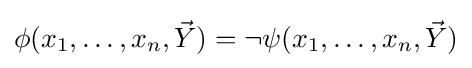
\phi (x_{1},\ldots ,x_{n},{\vec {Y}})=\neg \psi (x_{1},\ldots ,x_{n},{\vec {Y}})